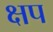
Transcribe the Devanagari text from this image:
क्षप